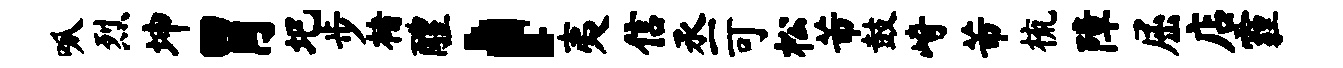
呱烈坤胃圯步楮醴，夷信丞可松芾鼓崎芾梳障屈店霾